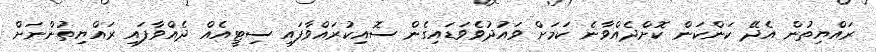
ރައްޔިތުން އެދޭ ކަންކަން ކޮށްދެއްވާނެ ކަމަށް ވައުދުވެވަޑައިގެން ސޮއިކުރައްވާފައި ސިޓީއެއް ދެއްވާފައި ރައްޔިތުންނަށް